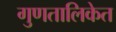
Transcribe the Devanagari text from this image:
गुणतालिकेत